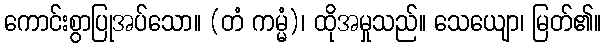
ကောင်းစွာပြုအပ်သော။ (တံ ကမ္မံ)၊ ထိုအမှုသည်။ သေယျော၊ မြတ်၏။